Etiology and epidemiology of plague
Disease focus: Plague
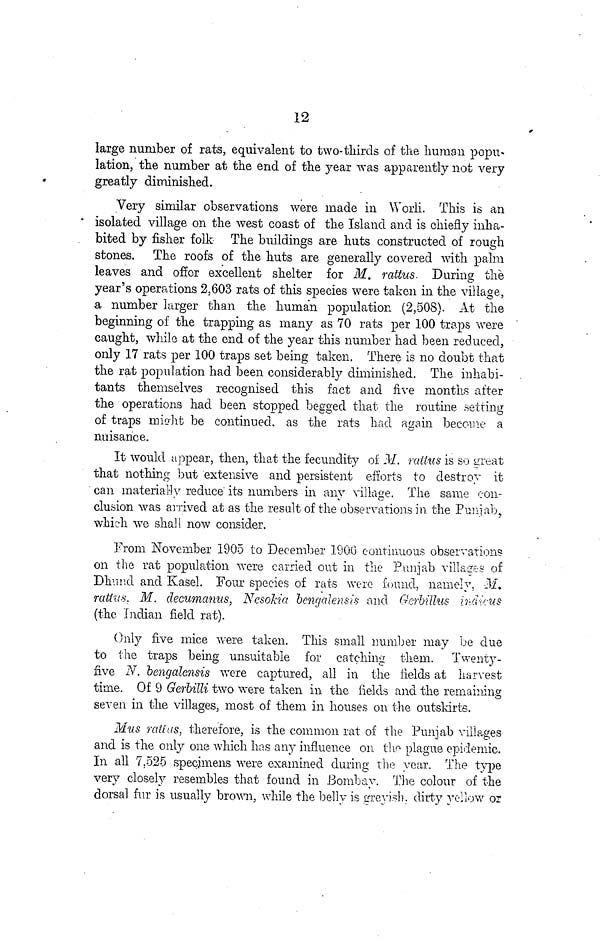
12
large number of rats, equivalent to two-thirds of the human popu-
lation, the number at the end of the year was apparently not very
greatly diminished.
Very similar observations were made in Worli. This is an
isolated village on the west coast of the Island and is chiefly inha-
bited by fisher folk The buildings are huts constructed of rough
stones. The roofs of the huts are generally covered with palm
leaves and offer excellent shelter for M. rattus. During the
year's operations 2,603 rats of this species were taken in the village,
a number larger than the human population (2,508). At the
beginning of the trapping as many as 70 rats per 100 traps were
caught, while at the end of the year this number had been reduced,
only 17 rats per 100 traps set being taken. There is no doubt that
the rat population had been considerably diminished. The inhabi-
tants themselves recognised this fact and five months after
the operations had been stopped begged that the routine setting
of traps might be continued, as the rats had again become a
nuisance.
It would appear, then, that the fecundity of M. rattus is so great
that nothing but extensive and persistent efforts to destroy it
can materially reduce its numbers in any village. The same con-
clusion was arrived at as the result of the observations in the Punjab,
which we shall now consider.
From November 1905 to December 1900 continuous observation?
on the rat population were carried out in the Punjab villages of
Dhund and Kasel. Four species of rats were found, namely. M.
rattus. M. decumanus, Nesokia bengalensis and Gerbillus adieus
(the Indian field rat).
Only five mice were taken. This small number may be due
to the traps being unsuitable for catching them. Twenty-
five N. bengalensis were captured, all in the fields at harvest
time. Of 9 Gerbilli two were taken in the fields and the remaining
seven in the villages, most of them in houses on the outskirts.
Mus ralias, therefore, is the common rat of the Punjab villages
and is the only one which has any influence on the plague epidemic.
In all 7.525 specimens were examined during the year. The type
very closely resembles that found in Bombay. The colour of the
dorsal fur is usually brown, while the belly is Greyish, dirty yellow or